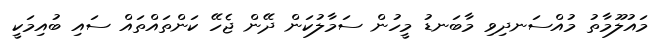
މައުލޫމާތު މުއްސަނދިވި މާބަނޑު މީހުން ސަމާލުކަން ދޭން ޖެހޭ ކަންތައްތައް ސައި ބުއިމަކީ